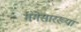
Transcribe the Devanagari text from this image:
गंगेसारख्या